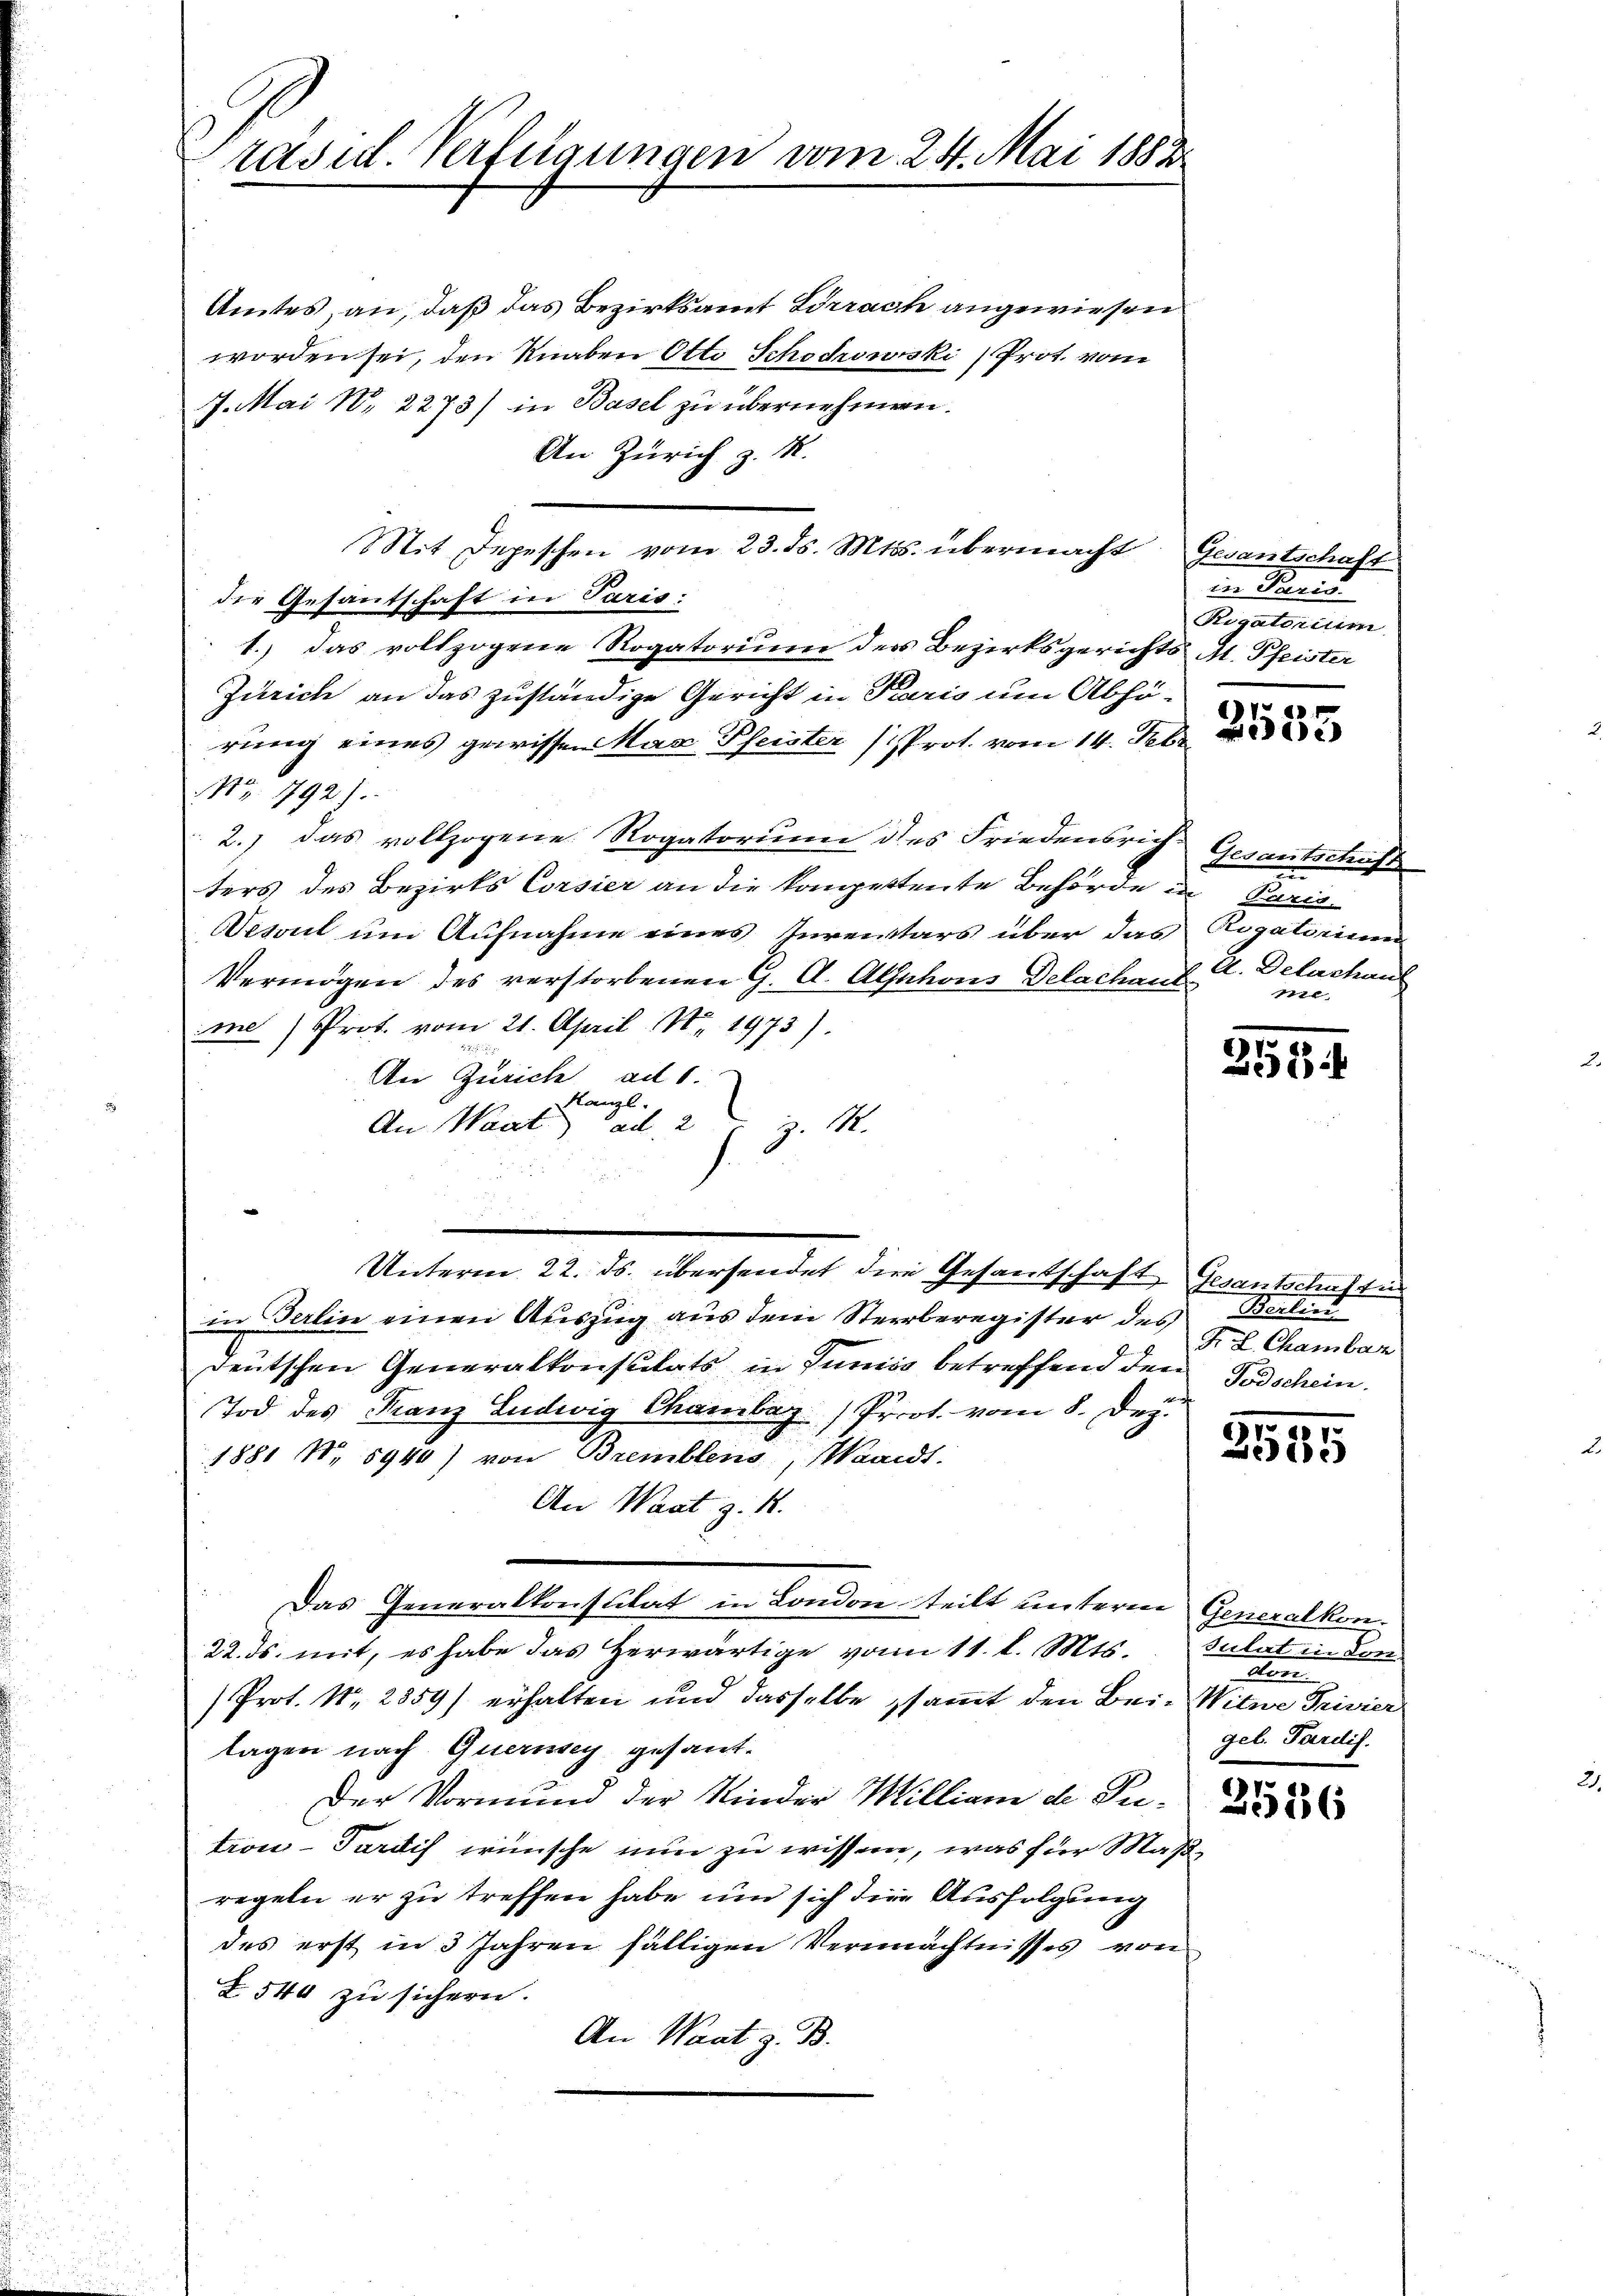
rasil. Verfügungen vom 24. Mai 1882

Amtes an, daß das Bezirksamt Wirrach angewiesen
worden sei, den Knaben Otto Schödrowski Prot. vom
7. Mai 18. 2273) in Basel zu übernehmen.
An Zürich z. M.
Sit Depeschen vom 23. ds. Mts. übermacht, Gesantschaft
die Gesantschaft in Paris:
1.) Das vollzogene Rogatorium der Bezirksgerichts M. Pfeister
Zürich an das zuständige Gericht in Paris um Abhö-
rung eines gewissen Max Pfeister (Prot. vom 14. Febr
NNo. 192).
2.) Das vollzogene Rogatorium des Friedensrich Gesantschaft
ters des Bezirks Corsier an die kompettente Behörde in Paris
Vesoul um Aufnahme eines Inventars über das Rogatorium
Vermögen des verstorbenen G. A. Alsnhons Delachant
me) Prof. vom 21. April 18. 1973).
An Zürich ad 1.
Kanzl.
An Waat ad 2
Z. M.
Unterm 22. ds. übersendet die Gesandschaft, Gesantschafti
in Berlin einen Auszug aus dem Sterberegister des Berlin
deutschen Generalkonsulats in Junius betreffend den Todschein.
Tod des Franz Ludwig Chambaz) Prot. vom 8. Dez.
1881 N. 5940) von Bremblens, Waadt.
An Waat z. R.
Das Generalkonsulat in London teilt unterm Generalkon
22. ds. mit, es habe das Herwärtige vom 11. d. Mts.
Prot. N. 2859) erhalten und dasselbe sammt den Bei-Witwe Privier
lagen nach Quernsey gesant.
Der Vormund der Kinder Milliam de Ju
tion - Sardis wünsche nun zu wissen, was für Maßregeln er zu treffen habe, um sich die Ausfolgung
des erst in 3 Jahren fälligen Vermächtnisses von
Z. 544 zu sichern.
An Waat z. B.

in Paris
Rigatorium

2535

U. Delachaul
ie.

258

Fr. L. Chambar

3555

Sulat in Lon
d
gel. Pardif.